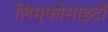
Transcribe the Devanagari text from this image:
लिम्फोसाइटों